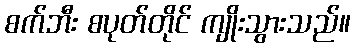
စက်ဘီး စပုတ်တိုင် ကျိုးသွားသည်။